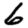
Digit: 6